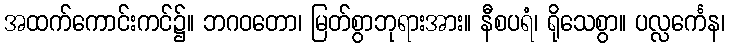
အထက်ကောင်းကင်၌။ ဘဂဝတော၊ မြတ်စွာဘုရားအား။ နီစပရံ၊ ရိုသေစွာ။ ပလ္လင်္ကေန၊